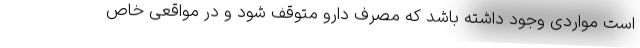
است مواردی وجود داشته باشد که مصرف دارو متوقف شود و در مواقعی خاص